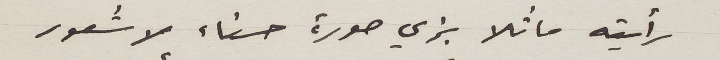
رأيته ماثلا بزي صورة حسناء لا شعور